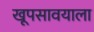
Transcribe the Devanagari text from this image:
खूपसावयाला